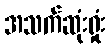
အသက်ဆုံးရှုံး